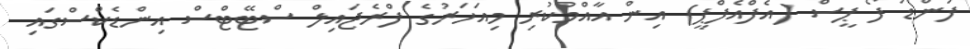
ފަންޑު ފޯ ޕީސް (އެފްއެފްޕީ) އިން އާއްމުކުރި މިއަހަރުގެ ފްރެޖައިލް ސްޓޭޓްސް އިންޑެކްސްގައި